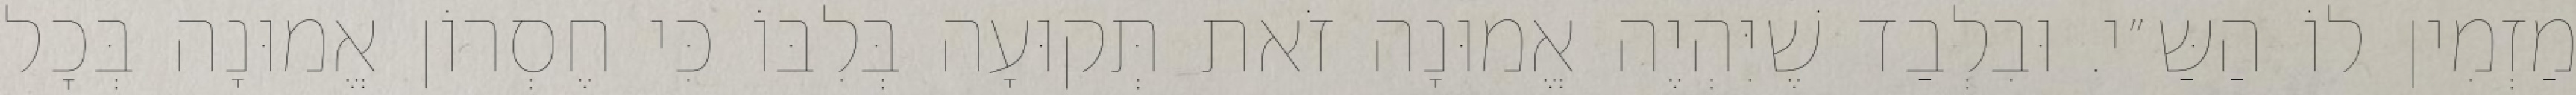
מַזְמִין לוֹ הַשַּ״י. וּבִלְבַד שֶׁיִּהְיֶה אֱמוּנָה זֹאת תְּקוּעָה בְּלִבּוֹ כִּי חֶסְרוֹן אֱמוּנָה בְּכׇל